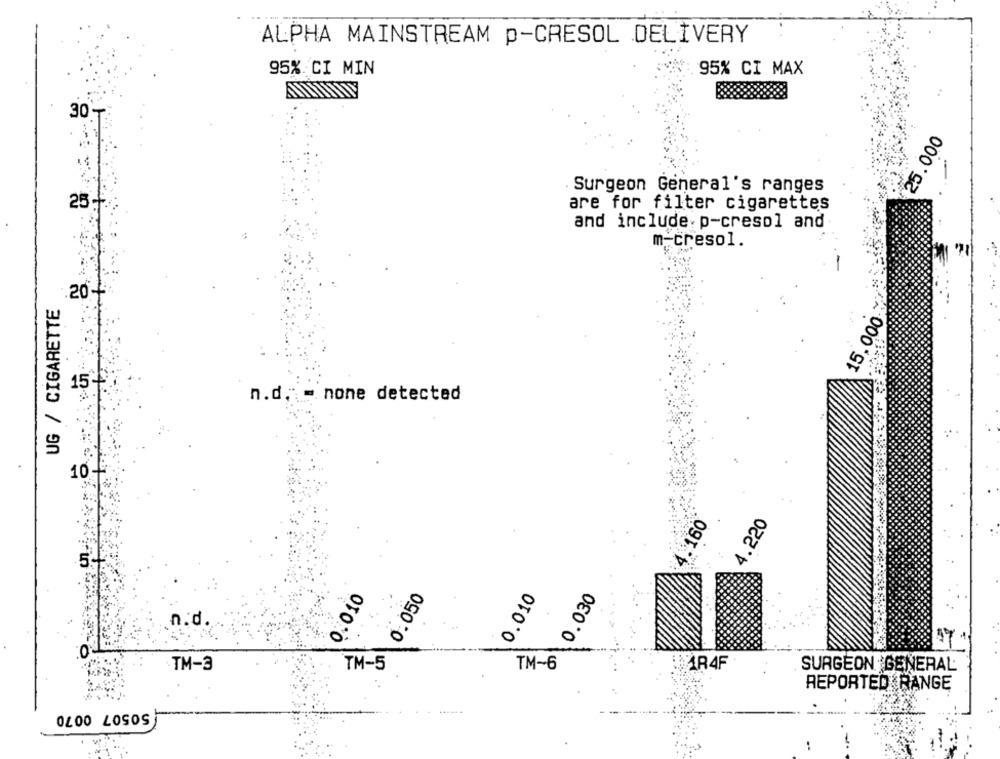
ALPHA MAINSTREAM p-CRESOL DELIVERY
95% CI MIN
95% CI MAX
30-
25.000
Surgeon General's ranges
25-
are for filter cigarettes
and include p-cresol and
15,000
m-cresol.
.20
UG / CIGARETTE
15-
n.d. = none detected
10
4.220
4.160
0.010
0.050
0.010
0.030
n.d.
17
0
TM-5
TM-3
TM-6
AR4F
SURGEON GENERAL
.
REPORTED RANGE
50507 0070
- ---
--